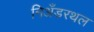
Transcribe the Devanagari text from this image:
निअँडरथल